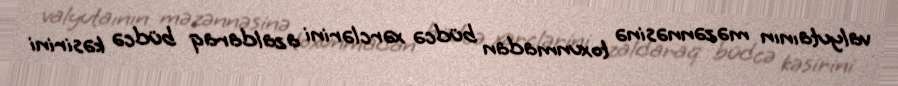
valyutaının məzənnəsinə toxunmadan büdcə xərclərini azaldaraq büdcə kəsirini